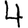
Digit: 4